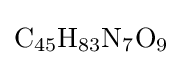
{\ce {C45H83N7O9}}